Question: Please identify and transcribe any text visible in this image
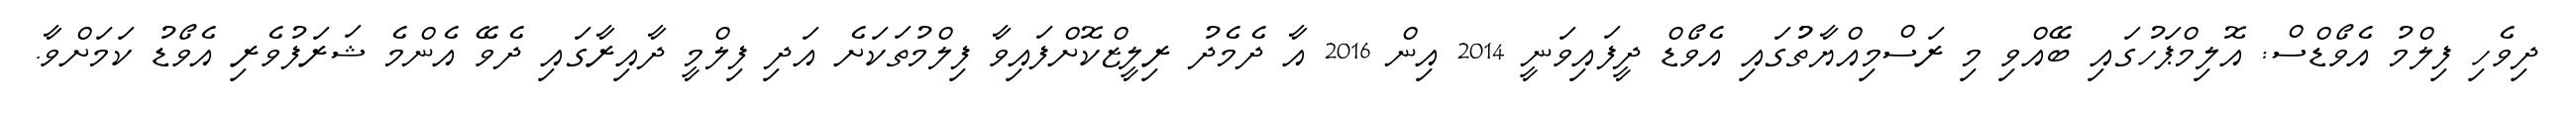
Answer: ދިވެހި ފިލްމު އެވޯޑްސް: އޮލިމްޕަހުގައި ބޭއްވި މި ރަސްމިއްޔާތުުގައި އެވޯޑް ދީފައިވަނީ 2014 އިން 2016 އާ ދެމެދު ރިލީޒްކޮށްފައިވާ ފިލްމުތަކަށެ އަދި ފިލްމީ ދާއިރާގައި ދެވޭ އެންމެ ޝަރަފުވެރި އެވޯޑު ކަމަށްވާ.